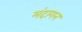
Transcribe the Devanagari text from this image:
मंदागन